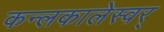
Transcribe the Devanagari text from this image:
कन्लकालेस्वर्